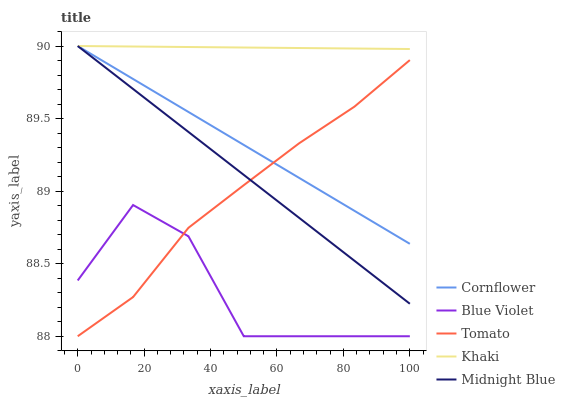
| xaxis_label | Cornflower | Blue Violet | Tomato | Khaki | Midnight Blue |
 | --- | --- | --- | --- | --- | --- |
 | 0 | 90 | 88.4 | 88 | 90 | 90 |
 | 16.7 | 89.8 | 88.9 | 88.3 | 90 | 89.7 |
 | 33.3 | 89.5 | 88.7 | 88.7 | 90 | 89.4 |
 | 50 | 89.3 | 88 | 89 | 90 | 89.1 |
 | 66.7 | 89.1 | 88 | 89.3 | 90 | 88.8 |
 | 83.3 | 88.9 | 88 | 89.6 | 90 | 88.5 |
 | 100 | 88.6 | 88 | 89.9 | 90 | 88.2 |